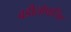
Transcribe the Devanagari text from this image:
वडीलोपार्जित